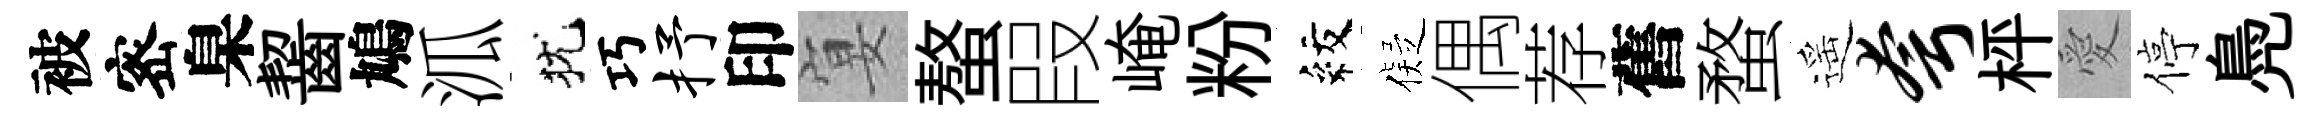
被宻臬齧鳩泒犹巧抒印宴螯叚崦粉紋儗偶荐舊蝥遥夸枰愛停鳧